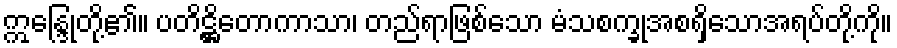
ဣန္ဒြေုတို့၏။ ပတိဋ္ဌိတောကာသာ၊ တည်ရာဖြစ်သော မံသစက္ခုအစရှိသောအရပ်တို့ကို။